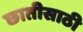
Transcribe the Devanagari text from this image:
छातीसाठी